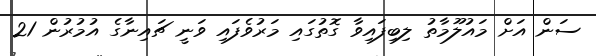
ސަން އަށް މައުލޫމާތު ލިބިފައިވާ ގޮތުގައި މަރުވެފައި ވަނީ ޗައިނާގެ އުމުރުން 21